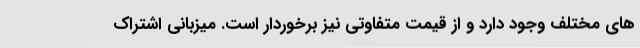
های مختلف وجود دارد و از قیمت متفاوتی نیز برخوردار است. میزبانی اشتراک